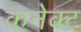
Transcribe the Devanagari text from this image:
कनेक्‍ट